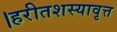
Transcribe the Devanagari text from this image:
।हरीतशस्यावृत्त